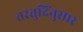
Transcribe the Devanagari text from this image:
तरतुदिंनुसार